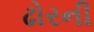
ઢોરની